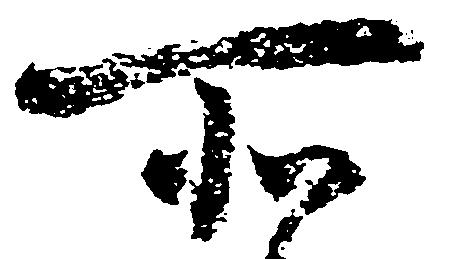
所